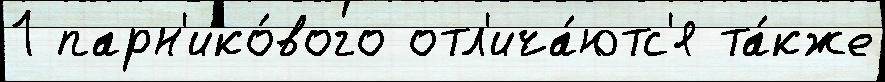
1 парн'ико́вого отл'ича́ютс'я та́кже